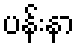
ပန်းနာ